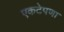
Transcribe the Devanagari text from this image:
एकटेपणा